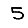
Digit: 5